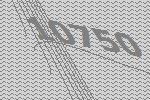
10750